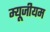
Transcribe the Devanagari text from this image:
म्‍यूजीयम